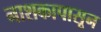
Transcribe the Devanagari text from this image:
नाशकापासून